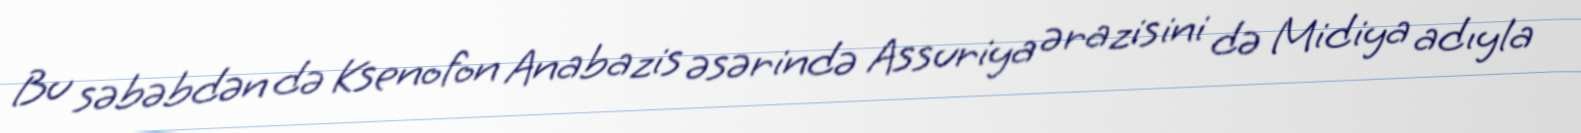
Bu səbəbdən də Ksenofon Anabazis əsərində Assuriya ərazisini də Midiya adıyla